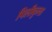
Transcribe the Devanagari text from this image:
पिलीकुला